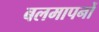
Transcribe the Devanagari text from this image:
बलमापनों